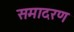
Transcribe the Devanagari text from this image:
समादरण